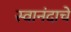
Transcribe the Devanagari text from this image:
स्वानंदाचे